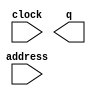
module romkal (
	address,
	clock,
	q);

	input	[14:0]  address;
	input	  clock;
	output	[7:0]  q;
`ifndef ALTERA_RESERVED_QIS
// synopsys translate_off
`endif
	tri1	  clock;
`ifndef ALTERA_RESERVED_QIS
// synopsys translate_on
`endif

endmodule